Scottish Leaving Certificate Examination, 1956
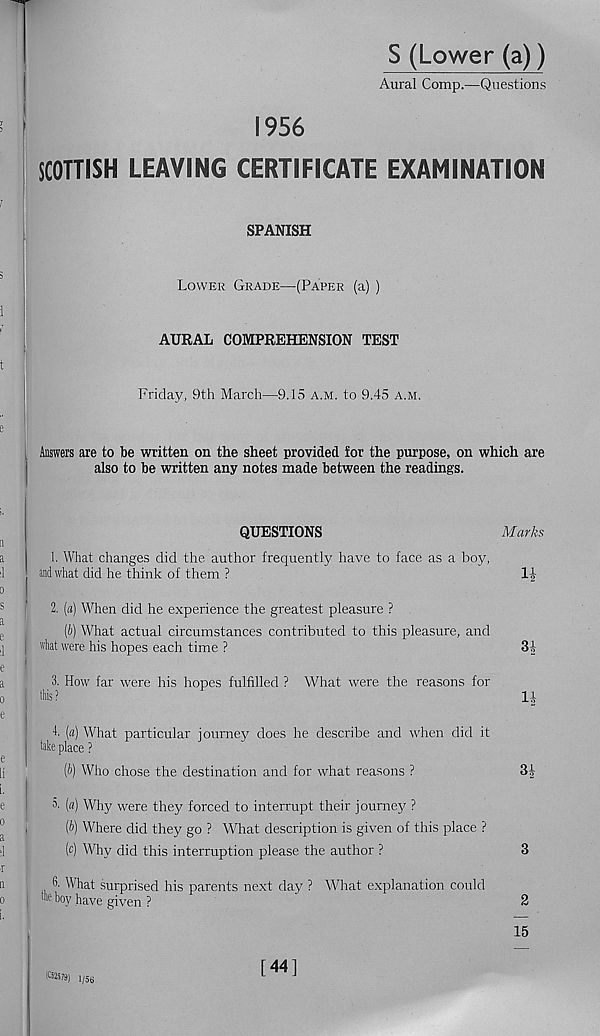
S (Lower (a))
Aural Comp.—Questions
1956
SCOTTISH LEAVING CERTIFICATE EXAMINATION
SPANISH
Lower Grade—(Paper (a) )
AURAL COMPREHENSION TEST
Friday, 9th March—9.15 a.m. to 9.45 a.m.
Answers are to be written on the sheet provided £or the purpose, on which are
also to be written any notes made between the readings.
QUESTIONS
Marks
1. What changes did the author frequently have to face as a boy,
and what did he think of them ?
li-
2. (a) When did he experience the greatest pleasure ?
(b) What actual circumstances contributed to this pleasure, and
wht were his hopes each time ?
3i
3. How far were his hopes fulfilled ? What were the reasons for
this?
If
4. («) What particular iourney does he describe and when did it
take place ?
(b) Who chose the destination and for what reasons ?
3f
3- (a) Why were they forced to interrupt their journey ?
(b) Where did they go ? What description is given of this place ?
(c) Why did this interruption please the author ?
3
tk What surprised his parents next day ? What explanation could
the boy have given ?
2
15
(eS!579) i; 56
[44]